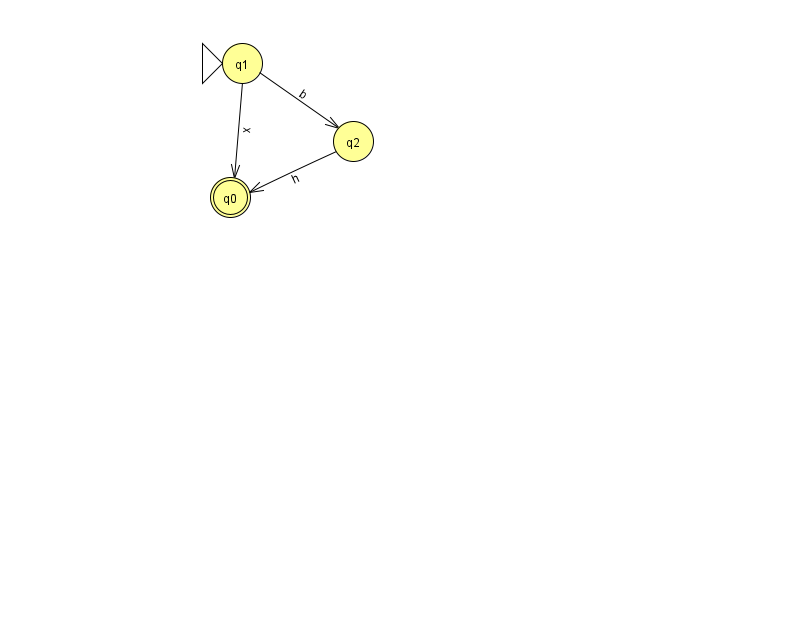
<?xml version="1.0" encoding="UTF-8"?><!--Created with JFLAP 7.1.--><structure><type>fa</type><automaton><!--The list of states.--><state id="0" name="q0"><x>230.0</x><y>184.0</y><final/></state><state id="1" name="q1"><x>242.0</x><y>50.0</y><initial/></state><state id="2" name="q2"><x>353.0</x><y>128.0</y></state><!--The list of transitions.--><transition><from>2</from><to>0</to><read>h</read></transition><transition><from>1</from><to>2</to><read>b</read></transition><transition><from>1</from><to>0</to><read>x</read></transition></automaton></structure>